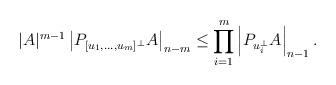
LaTeX: \begin{align*}|A|^{m-1}\left|P_{[u_1,\dots,u_m]^\bot}A\right|_{n-m}\le\prod_{i=1}^m\left|P_{u_i^\bot}A\right|_{n-1}.\end{align*}